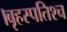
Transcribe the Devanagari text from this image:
।बृहस्पतिश्च